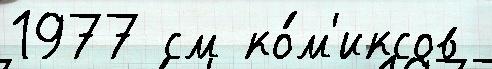
1977 см ко́м'иксов